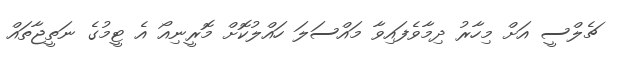
ޗެލްސީ އަށް މިހާރު ދިމާވެފައިވާ މައްސަލަ ހައްލުކޮށް މޮރީނިއޯ އެ ޓީމުގެ ނަތީޖާތައް